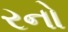
રનો